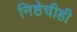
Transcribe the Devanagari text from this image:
निष्ठेचीही